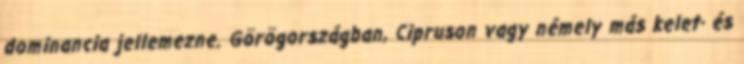
dominancia jellemezne. Görögországban, Cipruson vagy némely más kelet- és